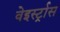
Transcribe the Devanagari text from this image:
वेइर्स्ट्रास